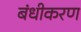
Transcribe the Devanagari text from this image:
बंधीकरण